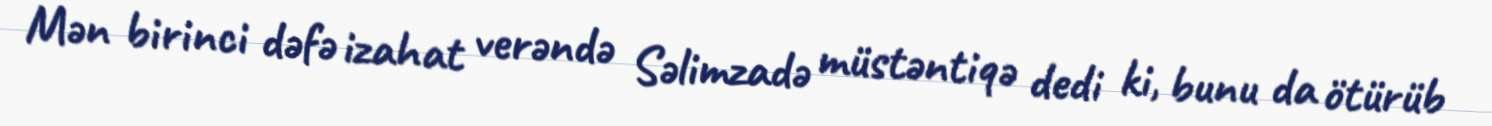
Mən birinci dəfə izahat verəndə Səlimzadə müstəntiqə dedi ki, bunu da ötürüb